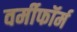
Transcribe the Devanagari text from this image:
वर्मीफॉर्म